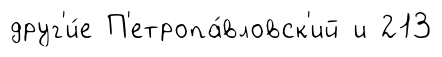
друг'и́е П'етропа́вловск'ий и 213